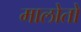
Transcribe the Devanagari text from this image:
मालोतो